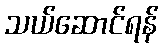
သယ်ဆောင်ရန်